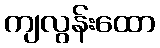
ကျလွန်းထော